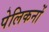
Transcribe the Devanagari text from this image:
पेलिकनों